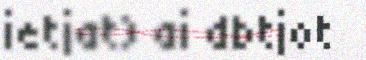
ietjat) ai dbtjot